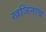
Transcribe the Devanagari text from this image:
खजिनाच